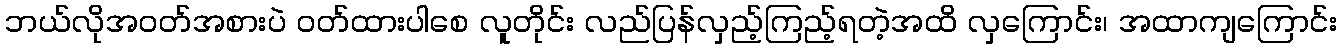
ဘယ်လိုအဝတ်အစားပဲ ဝတ်ထားပါစေ လူတိုင်း လည်ပြန်လှည့်ကြည့်ရတဲ့အထိ လှကြောင်း၊ အထာကျကြောင်း